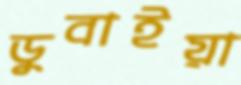
ডুবাইয়া